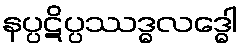
နပ္ပဋိပ္ပဿဒ္ဓလဒ္ဓေါ